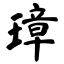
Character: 璋